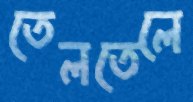
তেলতেলে